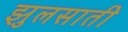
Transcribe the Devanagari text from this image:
झुलसाती